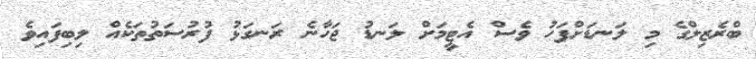
ބްރެޒިލްގެ މި ލަނޑަށްފަހު ވެސް އެޓީމަށް ލަނޑު ޖަހާނެ ރަނގަޅު ފުރުސަތުތަކެއް ލިބިފައިވެ